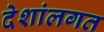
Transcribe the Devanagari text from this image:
देशांलगत